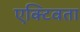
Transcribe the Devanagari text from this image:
एक्टिवता